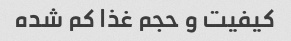
کیفیت و حجم غذا کم شده